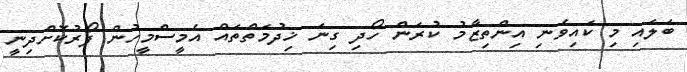
ބަލައި މި ކައިވެނި އިންތިޒާމު ކުރަން ހޯދި ގިނަ ޚިދުމަތްތައް އެމީސްމީހުން ފޯރުކޮށްދިނީ